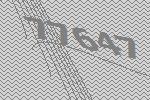
77647